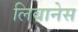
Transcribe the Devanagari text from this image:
लिबानेस